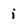
Character: i